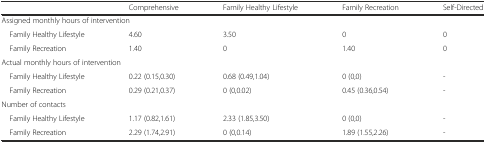
|  | Comprehensive | Family Healthy Lifestyle | Family Recreation | Self-Directed |
 | --- | --- | --- | --- | --- |
 | <COLSPAN=5> Assigned monthly hours of intervention |
 | Family Healthy Lifestyle | 4.60 | 3.50 | 0 | 0 |
 | Family Recreation | 1.40 | 0 | 1.40 | 0 |
 | <COLSPAN=5> Actual monthly hours of intervention |
 | Family Healthy Lifestyle | 0.22 (0.15,0.30) | 0.68 (0.49,1.04) | 0 (0,0) | - |
 | Family Recreation | 0.29 (0.21,0.37) | 0 (0,0.02) | 0.45 (0.36,0.54) | - |
 | <COLSPAN=5> Number of contacts |
 | Family Healthy Lifestyle | 1.17 (0.82,1.61) | 2.33 (1.85,3.50) | 0 (0,0) | - |
 | Family Recreation | 2.29 (1.74,2.91) | 0 (0,0.14) | 1.89 (1.55,2.26) | - |